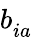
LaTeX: b_{ia}^{\phantom{\dagger}}